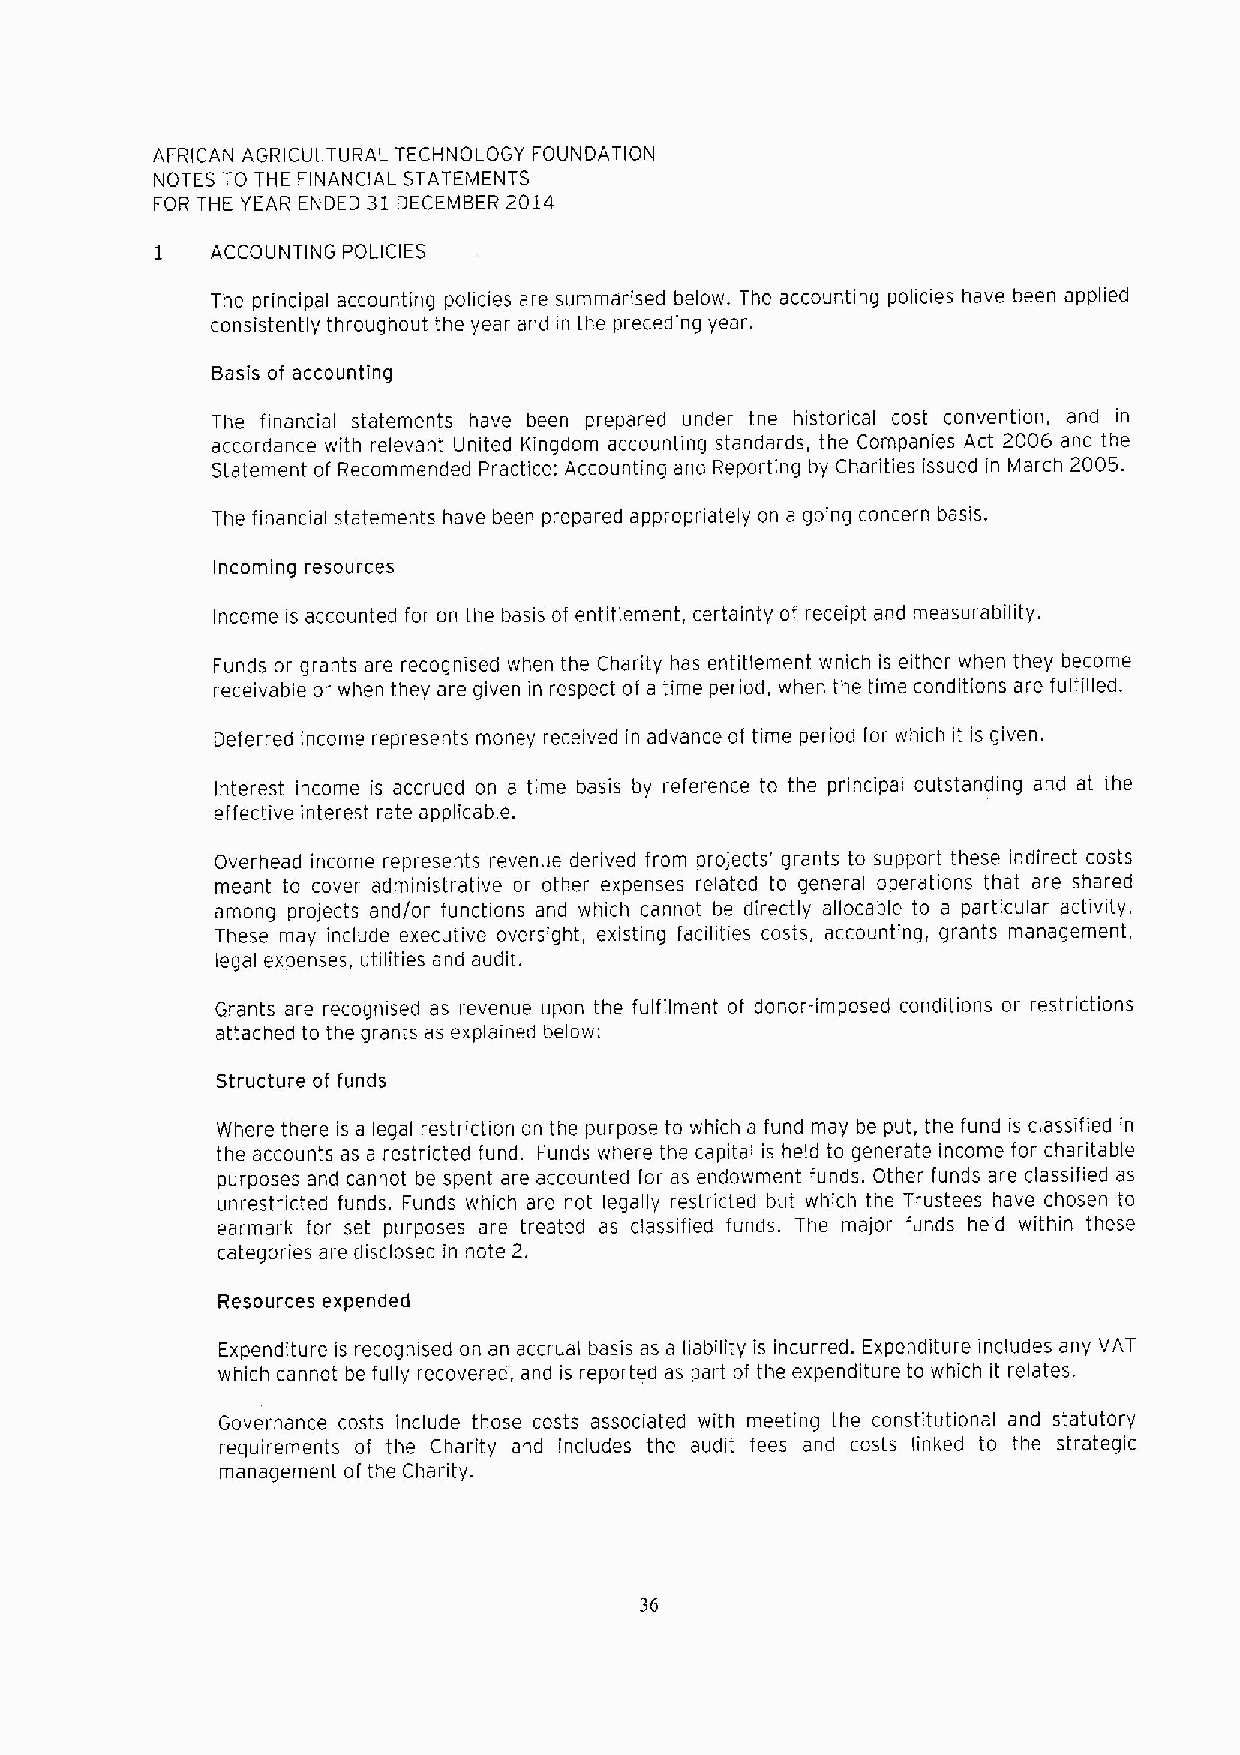
AFRICAN AGRICULTURAL TECHNOLOGY FOUNDA1 ION
 NOTES TO THE FINANCIAL STATEMENTS
 FOR THE YEAR ENDED 31 DECEMBER 2014
 1   ACCOUNTING POLICIES
 The principal accounting policies are summarised below. The accounting policies have been applied
 consistently throughout the year and in the preceding year.
 Basis of accounting
 The financial statements have been prepared under the historical cost convention, and in
 accordance with relevant United Kingdom accounting standards, the Companies Act 2006 and the
 Statement of Recommended Practice: Accounting and Reporting by Charities issued in March 2005.
 The financial statements have been prepared appropriately on a going concern basis.
 Incoming resources
 Income is accounted for on the basis of entitlement, certainty of receipt and measurability.
 Funds or grants are recognised when the Charity has entitlement which is either when they become
 receivable or when they are given in respect of a time period, when the time conditions are fulfilled.
 Deferred income represents money received in advance of time period for which it is given.
 Interest income is accrued on a time basis by reference to the principal outstanding and at the
 effective interest rate applicable.
 Overhead income represents revenue derived from projects' grants to support these indirect costs
 meant to cover administrative or other expenses related to general operations that are shared
 among projects and/or functions and which cannot be directly allocable to a particular activity.
 These may include executive oversight, existing facilities costs, accounting, grants management,
 legal expenses, utilities and audit.
 Grants are recognised as revenue upon the fulfilment of donor-imposed conditions or restrictions
 attached to the grants as explained below:
 Structure of funds
 Where there is a legal restriction on the purpose to which a fund may be put, the fund is classified in
 the accounts as a restricted fund. Funds where the capital is held to generate income for charitable
 purposes and cannot be spent are accounted for as endowment funds. Other funds are classified as
 unrestt. icted funds. Funds which are not legally restricted but which the Trustees have chosen to
 earmark for set purposes are treated as classified funds. The maior funds held within these
 categories are disclosed in note 2.
 Resources expended
 Expenditure is recognised on an accrual basis as a liability is incurred. Expenditure includes any VAT
 which cannot be fully recovered, and is reported as part of the expenditure to which it relates.
 Governance costs include those costs associated with meeting the constitutional and statutory
 requirements of the Charity and includes the audit fees and costs linked to the strategic
 management of the Charity.